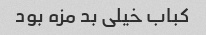
کباب خیلى بد مزه بود